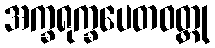
အက္ခရုက္ခပေတဝတ္ထု